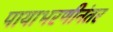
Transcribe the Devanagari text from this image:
पायाभरणीनंतर